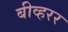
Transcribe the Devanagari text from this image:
बीव्हरर